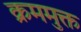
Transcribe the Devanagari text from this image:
क्रममुक्त